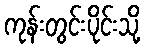
ကုန်းတွင်းပိုင်းသို့